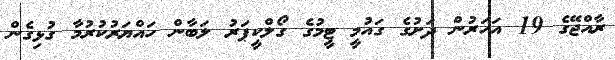
ރާއްޖޭގެ 19 އަހަރުން ދަށުގެ ގައުމީ ޓީމުގެ ގޯލްކީޕަރު ލަބާން ހައްޔަރުކުރުމާ ގުޅިގެން